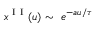
x ^ { \mathrm { ~ I ~ I ~ } } ( u ) \sim ~ e ^ { - a u / \tau }